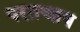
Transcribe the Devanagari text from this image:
परतन्त्राय